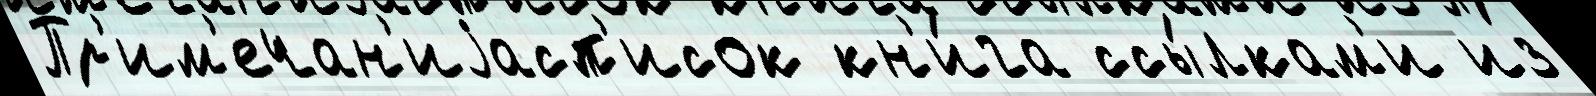
Пр'им'ечан'иjасп'исок кн'и́га ссы́лкам'и из